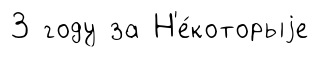
3 году за Н'е́которыjе